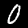
Label: 0